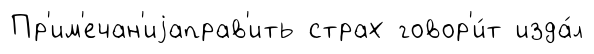
Пр'им'ечан'иjаправ'ить страх говор'и́т изда́л